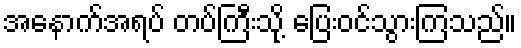
အနောက်အရပ် တပ်ကြီးသို့ ပြေးဝင်သွားကြသည်။